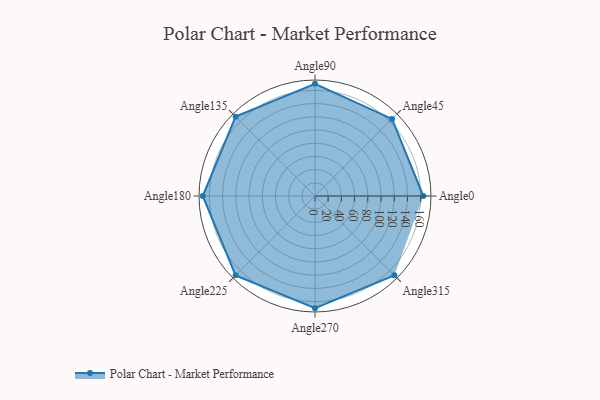
{"axis": {"x": "Angle", "y": "Radius"}, "legend": [""], "data": [{"x": "Angle0", "y": 164.0, "type": ""}, {"x": "Angle45", "y": 165.0, "type": ""}, {"x": "Angle90", "y": 170, "type": ""}, {"x": "Angle135", "y": 170, "type": ""}, {"x": "Angle180", "y": 170, "type": ""}, {"x": "Angle225", "y": 170, "type": ""}, {"x": "Angle270", "y": 170, "type": ""}, {"x": "Angle315", "y": 170, "type": ""}]}